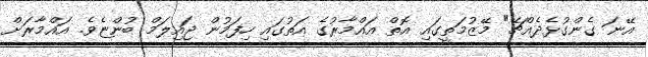
އޭނަ ގެންގުޅެދެއްޗޭ" މޭޒުމަތީގައި އޮތް އައްމާރުގެ އަތުގައި ހިފަމުން ޖައިލަމް ބުންޏެވެ. އައްމާރަށް